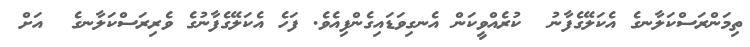
ތިމަންރަސްކަލާނގެ އެކަލޭގެފާނު  ކުރެއްވީކަން އެނގިވަޑައިގެންފިއެވެ. ފަހެ އެކަލޭގެފާނުގެ ވެރިރަސްކަލާނގެ  އަށް